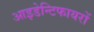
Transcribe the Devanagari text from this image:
आइडेन्टिफायरों